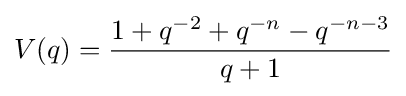
V(q)={\frac {1+q^{-2}+q^{-n}-q^{-n-3}}{q+1}}